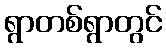
ရွာတစ်ရွာတွင်